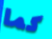
كما